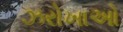
ઝરોખાઓ